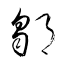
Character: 鄒